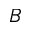
B